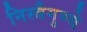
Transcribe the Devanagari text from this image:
निस्त्रैगुण्ये